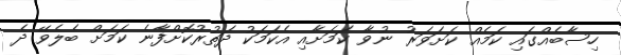
ހިސާބެއްގައި ކަމެއް ކަށަވަރު ނުވާ ކަމަށާއި އެކަމަކު ދަތުރުކޮށްފާނެ ކަމަށް ބެލެވޭ ދެ